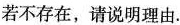
若不存在，请说明理由。